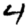
Digit: 4